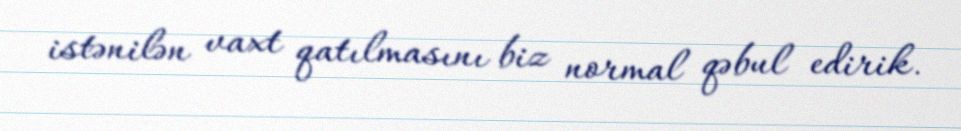
istənilən vaxt qatılmasını biz normal qəbul edirik.